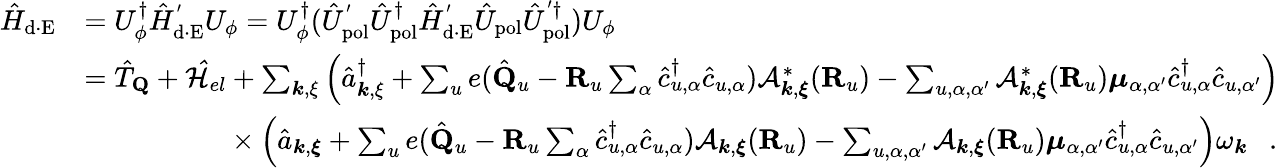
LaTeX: \begin{array}{rl}{\hat{H}_{\mathrm{d\cdot E}}}&{=U_{\phi}^{\dagger}\hat{H}_{\mathrm{d\cdot E}}^{'}U_{\phi}=U_{\phi}^{\dagger}(\hat{U}_{\mathrm{pol}}^{'}\hat{U}_{\mathrm{pol}}^{\dagger}\hat{H}_{\mathrm{d\cdot E}}^{'}\hat{U}_{\mathrm{pol}}\hat{U}_{\mathrm{pol}}^{'\dagger})U_{\phi}}\\ &{=\hat{T}_{\mathbf Q}+\mathcal{\hat{H}}_{el}+\sum_{{\boldsymbol k},{\mathbf\xi}}\Big(\hat{a}_{{\boldsymbol k},{\mathbf\xi}}^{\dagger}+\sum_{u}e(\hat{\mathbf Q}_{u}-{\mathbf R}_{u}\sum_{\alpha}\hat{c}_{u,\alpha}^{\dagger}\hat{c}_{u,\alpha})\mathcal{A}_{{\boldsymbol k},{\boldsymbol\xi}}^{*}({\mathbf R}_{u})-\sum_{u,\alpha,\alpha^{\prime}}\mathcal{A}_{{\boldsymbol k},{\boldsymbol\xi}}^{*}({\mathbf R}_{u}){\boldsymbol\mu}_{\alpha,\alpha^{\prime}}\hat{c}_{u,\alpha}^{\dagger}\hat{c}_{u,\alpha^{\prime}}\Big)}\\ &{~~~~~~~~~~~~~~~~~~~~\times\Big(\hat{a}_{{\boldsymbol k},{\boldsymbol{\xi}}}+\sum_{u}e(\hat{\mathbf Q}_{u}-{\mathbf R}_{u}\sum_{\alpha}\hat{c}_{u,\alpha}^{\dagger}\hat{c}_{u,\alpha})\mathcal{A}_{{\boldsymbol k},{\boldsymbol\xi}}({\mathbf R}_{u})-\sum_{u,\alpha,\alpha^{\prime}}\mathcal{A}_{{\boldsymbol k},{\boldsymbol\xi}}({\mathbf R}_{u}){\boldsymbol\mu}_{\alpha,\alpha^{\prime}}\hat{c}_{u,\alpha}^{\dagger}\hat{c}_{u,\alpha^{\prime}}\Big)\omega_{\boldsymbol k}~~~.}\end{array}